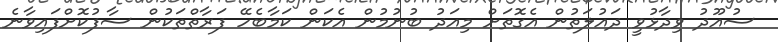
ސުއޫދު ވިދާޅުވީ ދައުލަތުން އެގޮތަށް މިއަދު ބުނުމުން އެކަން ކަމާބެހޭ ފަރާތްތަކުން ސާފުކޮށްފައިވާނެ